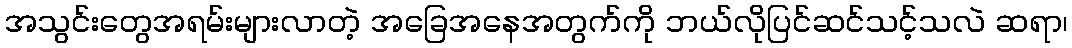
အသွင်းတွေအရမ်းများလာတဲ့ အခြေအနေအတွက်ကို ဘယ်လိုပြင်ဆင်သင့်သလဲ ဆရာ၊